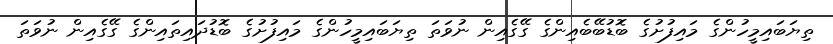
ތިޔަބައިމީހުންގެ މައިފުށުގެ ބޮޑުބޭބެއިންގެ ގޭގެއިން ނުވަތަ ތިޔަބައިމީހުންގެ މައިފުށުގެ ބޮޑުދައިތައިންގެ ގޭގެއިން ނުވަތަ